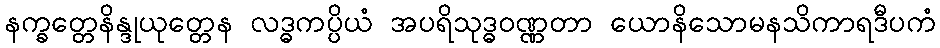
နက္ခတ္တေနိန္ဒုယုတ္တေန လဒ္ဓကပ္ပိယံ အပရိသုဒ္ဓဝဏ္ဏတာ ယောနိသောမနသိကာရဒီပကံ